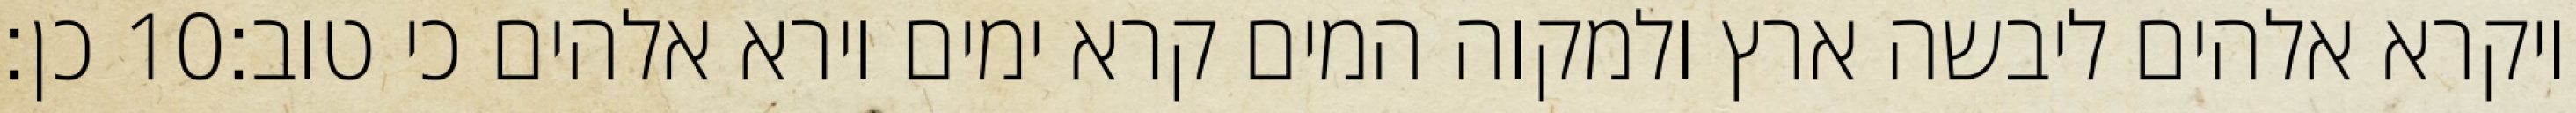
כן׃ ‎10‏ ויקרא אלהים ליבשה ארץ ולמקוה המים קרא ימים וירא אלהים כי טוב׃